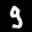
Label: 9